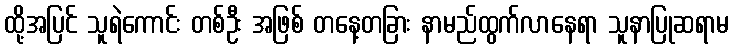
ထို့အပြင် သူရဲကောင်း တစ်ဦး အဖြစ် တနေ့တခြား နာမည်ထွက်လာနေရာ သူနာပြုဆရာမ